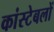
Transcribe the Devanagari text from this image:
कांस्‍टेबलों